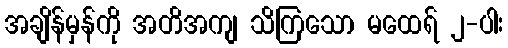
အချိန်မှန်ကို အတိအကျ သိကြသော မထေရ် ၂-ပါး